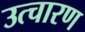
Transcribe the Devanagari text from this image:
उत्चारण